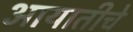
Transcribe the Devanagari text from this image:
आयातीचे